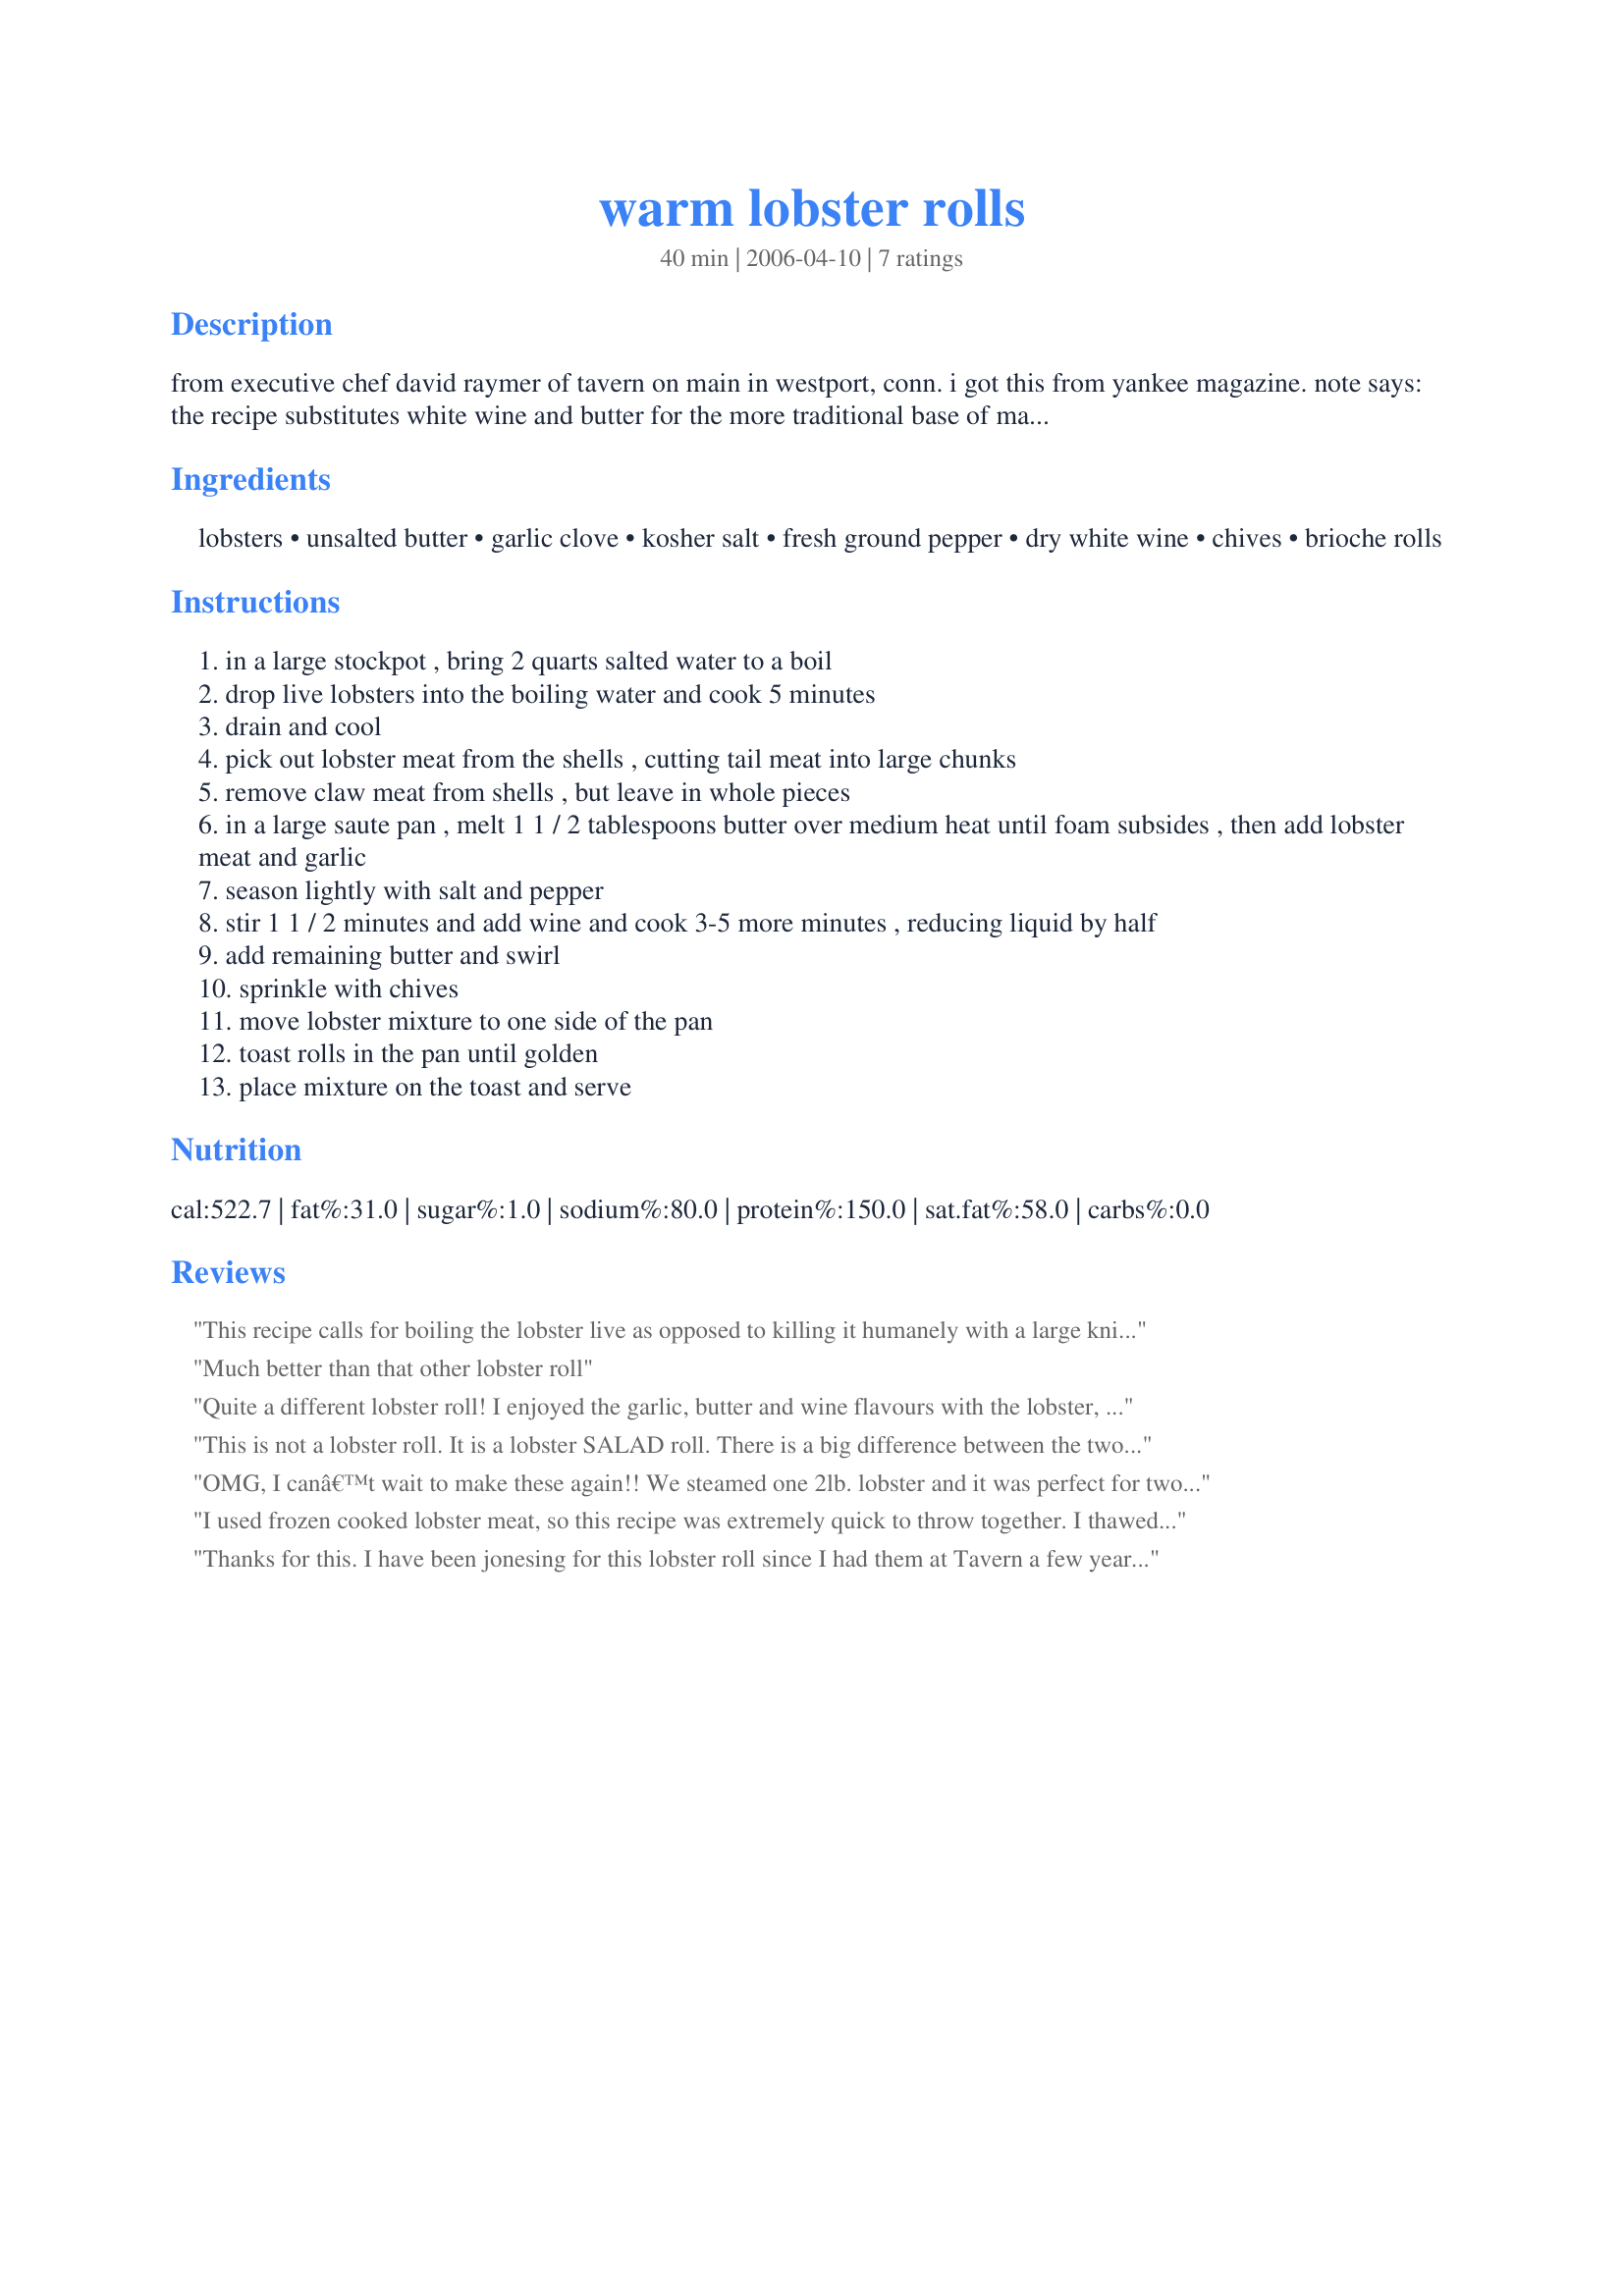
warm lobster rolls
Preparation time: 40 minutes

from executive chef david raymer of tavern on main in westport, conn. i got this from yankee magazine. note says: the recipe substitutes white wine and butter for the more traditional base of mayonnaise. to save preparation time, have a fish market preboil your lobsters and remove the meat from the shells.

Ingredients:
lobsters, unsalted butter, garlic clove, kosher salt, fresh ground pepper, dry white wine, chives, brioche rolls

Steps:
in a large stockpot , bring 2 quarts salted water to a boil
drop live lobsters into the boiling water and cook 5 minutes
drain and cool
pick out lobster meat from the shells , cutting tail meat into large chunks
remove claw meat from shells , but leave in whole pieces
in a large saute pan , melt 1 1 / 2 tablespoons butter over medium heat until foam subsides , then add lobster meat and garlic
season lightly with salt and pepper
stir 1 1 / 2 minutes and add wine and cook 3-5 more minutes , reducing liquid by half
add remaining butter and swirl
sprinkle with chives
move lobster mixture to one side of the pan
toast rolls in the pan until golden
place mixture on the toast and serve

Reviews:
This recipe calls for boiling the lobster live as opposed to killing it humanely with a large knife to the head. How unfortunate that people still engage in the practice of boiling or burning creatures alive.
Much better than that other lobster roll
Quite a different lobster roll! I enjoyed the garlic, butter and wine flavours with the lobster, it reminds me of lobster thermidor without the creamy base. Quick and easy recipe that I will make again!
This is not a lobster roll. It is a lobster SALAD roll. There is a big difference between the two. I'm a New Englander, I live on Cape Cod, &amp; I know the difference. A REAL TRUE lobster roll does not contain celery, lettuce, mayo, salt, pepper, etc. It contains whole lobster claws &amp; knuckles, and broken tail meat in a HOAGIE or SWEET ROLL, not a hot dog bun. It is lightly brushed with melted butter &amp; served with a side of drawn butter. That is a real lobster roll. Anything else is a lobster salad roll.
OMG, I canâ€™t wait to make these again!! We steamed one 2lb. lobster and it was perfect for two good size rolls. We enjoy the warm butter Lobster Roll as apposed to cold mayo version. OH SO RICH!! Donâ€™t forget to use New England Style Hot Dog Bunsâ€¦
I used frozen cooked lobster meat, so this recipe was extremely quick to throw together. I thawed and warmed up the lobster meat in a skillet with melted butter, added wine, seasoned with old bay seasoning and freshly ground black pepper. I didn&#039;t have chives on hand, so chopped green onion was my choice. The rolls were so yummy! Great recipe!
Thanks for this. I have been jonesing for this lobster roll since I had them at Tavern a few years ago. I just made them and they were as good as I remembered!
